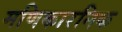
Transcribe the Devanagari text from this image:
मणिकारनिक